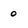
Character: 0